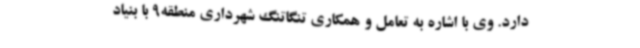
دارد. وی با اشاره به تعامل و همکاری تنگاتنگ شهرداری منطقه9 با بنیاد